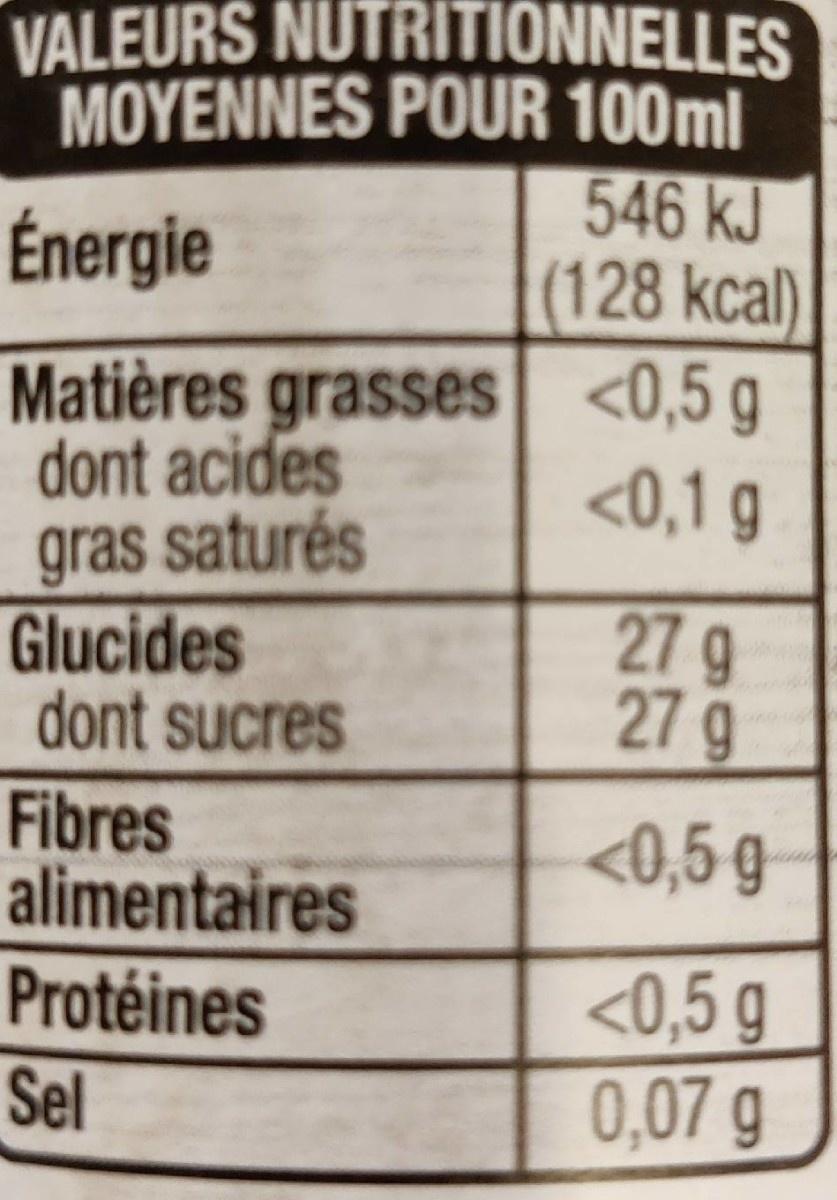
VALEURS NUTRITIONNELLES
MOYENNES POUR 100ml
546 kJ (128 kcal)
Énergie
Matières grasses <0,5 g dont acides gras saturés Glucides dont sucres
<0,1 g
27 g 27 g
Fibres alimentaires
<0,5 g-
Protéines
<0,5 g 0,07 g
Sel